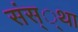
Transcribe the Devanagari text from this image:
संस््था